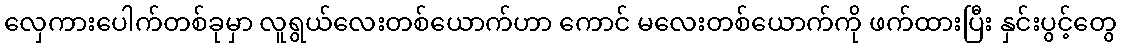
လှေကားပေါက်တစ်ခုမှာ လူရွယ်လေးတစ်ယောက်ဟာ ကောင် မလေးတစ်ယောက်ကို ဖက်ထားပြီး နှင်းပွင့်တွေ